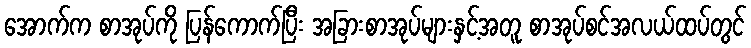
အောက်က စာအုပ်ကို ပြန်ကောက်ပြီး အခြားစာအုပ်များနှင့်အတူ စာအုပ်စင်အလယ်ထပ်တွင်